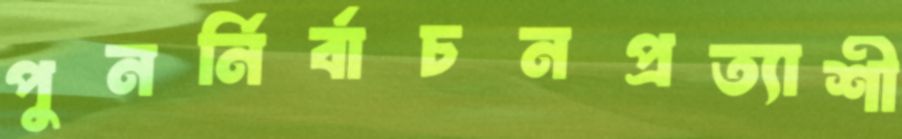
পুনর্নির্বাচনপ্রত্যাশী